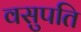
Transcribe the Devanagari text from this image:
वसुपति